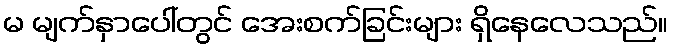
မ မျက်နှာပေါ်တွင် အေးစက်ခြင်းများ ရှိနေလေသည်။